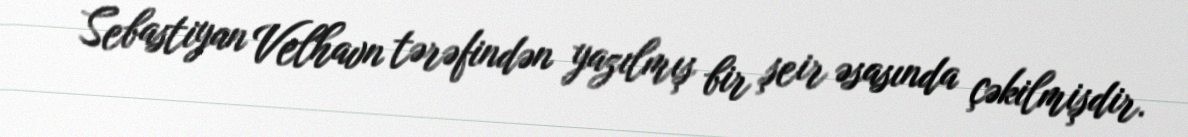
Sebastiyan Velhavn tərəfindən yazılmış bir şeir əsasında çəkilmişdir.